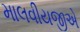
માલવીયજીએ